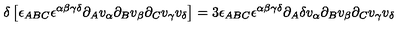
\delta \left[ \epsilon _ { A B C } \epsilon ^ { \alpha \beta \gamma \delta } \partial _ { A } v _ { \alpha } \partial _ { B } v _ { \beta } \partial _ { C } v _ { \gamma } v _ { \delta } \right] = 3 \epsilon _ { A B C } \epsilon ^ { \alpha \beta \gamma \delta } \partial _ { A } \delta v _ { \alpha } \partial _ { B } v _ { \beta } \partial _ { C } v _ { \gamma } v _ { \delta }